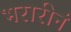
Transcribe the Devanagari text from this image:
भरारीनं